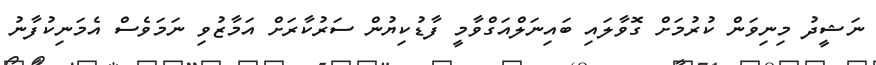
ނަޝީދު މިނިވަން ކުރުމަށް ގޮވާލައި ބައިނަލްއަގްވާމީ ފާޑުކިޔުން ސަރުކާރަށް އަމާޒުވި ނަމަވެސް އެމަނިކުފާނު